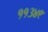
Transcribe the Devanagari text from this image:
११३४९